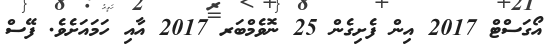
އޯގަސްޓް 2017 އިން ފެށިގެން 25 ނޮވެމްބަރ 2017 އާއި ހަމައަށެވެ. ފޭސް